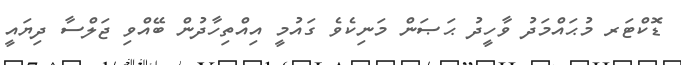
ޑޮކްޓަރ މުޙައްމަދު ވާހީދު ޙަޞަން މަނިކެވެ ގައުމީ އިއްތިހާދުން ބޭއްވި ޖަލްސާ ދިޔައީ